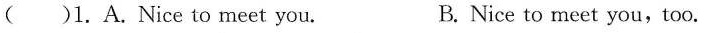
( )1. A.Nice to meet you. B. Nice to meet you,too.